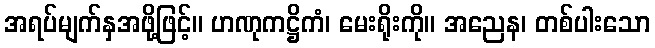
အရပ်မျက်နှအဖို့ဖြင့်။ ဟဏုကဋ္ဌိကံ၊ မေးရိုးကို။ အညေန၊ တစ်ပါးသော